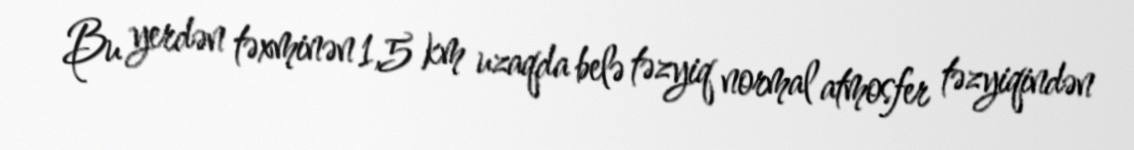
Bu yerdən təxminən 1,5 km uzaqda belə təzyiq normal atmosfer təzyiqindən